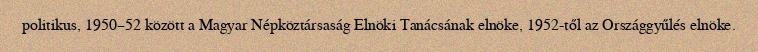
politikus, 1950–52 között a Magyar Népköztársaság Elnöki Tanácsának elnöke, 1952-től az Országgyűlés elnöke.